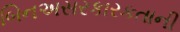
બિનઅસરકારકતાની